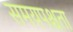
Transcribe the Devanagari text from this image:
समयपश्चता